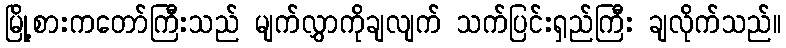
မြို့စားကတော်ကြီးသည် မျက်လွှာကိုချလျက် သက်ပြင်းရှည်ကြီး ချလိုက်သည်။